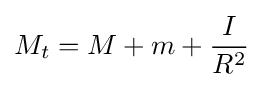
M_{t}=M+m+{\frac {I}{R^{2}}}